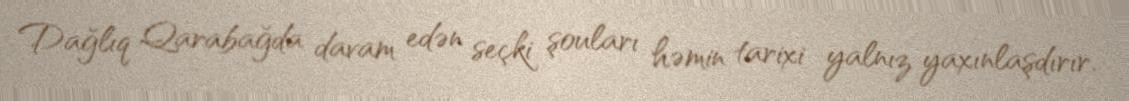
Dağlıq Qarabağda davam edən seçki şouları həmin tarixi yalnız yaxınlaşdırır.